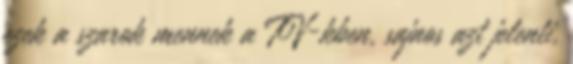
ezek a szarok mennek a TV-kben, sajnos azt jelenti,